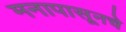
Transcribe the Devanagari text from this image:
मनापासूनचे